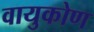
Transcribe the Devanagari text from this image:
वायुकोण